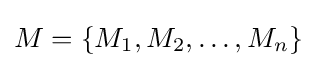
M=\left\{M_{1},M_{2},\ldots ,M_{n}\right\}